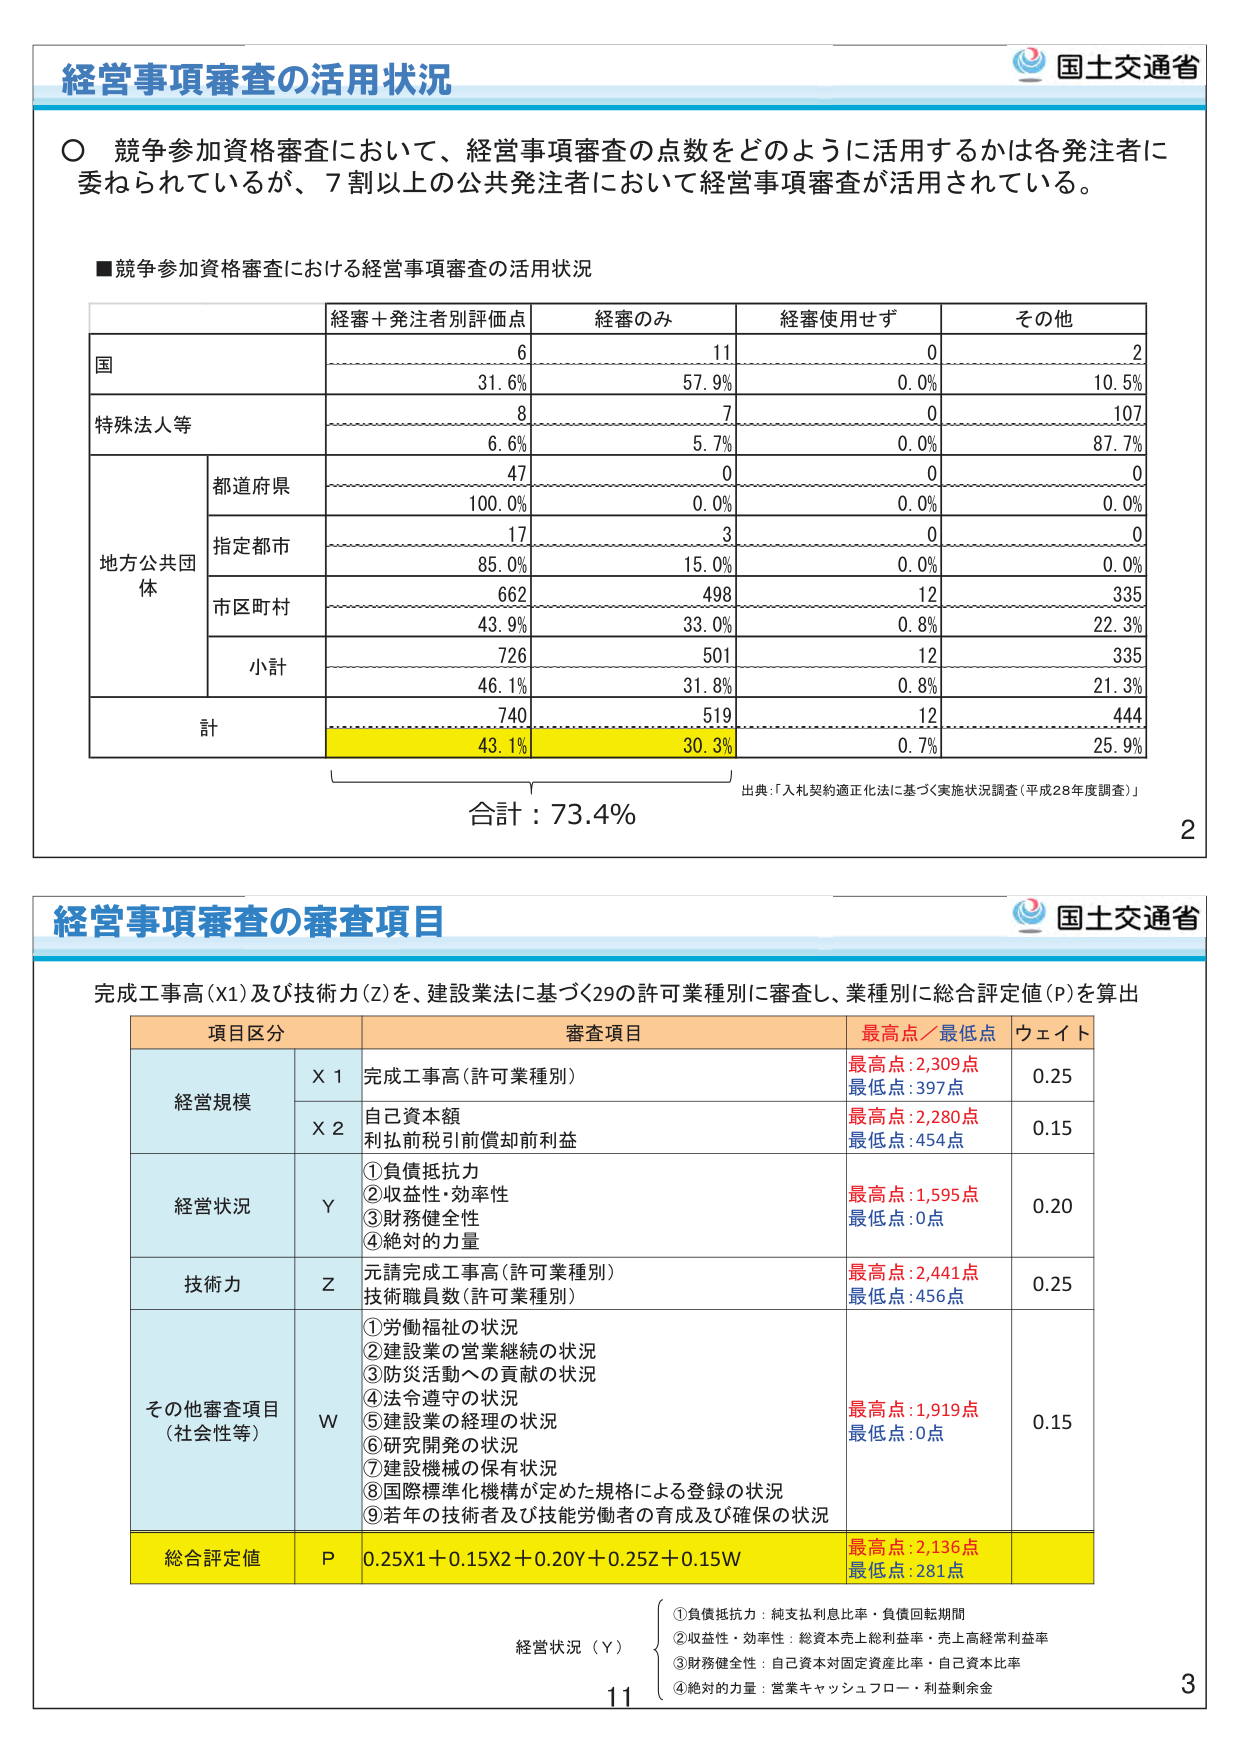
経営事項審査の活用状況

○ 競争参加資格審査において、経営事項審査の点数をどのように活用するかは各発注者に委ねられているが、7割以上の公共発注者において経営事項審査が活用されている。

■競争参加資格審査における経営事項審査の活用状況

| | 経審＋発注者別評価点 | 経審のみ | 経審使用せず | その他 |
|---|---|---|---|---|
| 国 | 6<br>31.6% | 11<br>57.9% | 0<br>0.0% | 2<br>10.5% |
| 特殊法人等 | 8<br>6.6% | 7<br>5.7% | 0<br>0.0% | 107<br>87.7% |
| 地方公共団体 | 都道府県 | 47<br>100.0% | 0<br>0.0% | 0<br>0.0% | 0<br>0.0% |
| | 指定都市 | 17<br>85.0% | 3<br>15.0% | 0<br>0.0% | 0<br>0.0% |
| | 市区町村 | 662<br>43.9% | 498<br>33.0% | 12<br>0.8% | 335<br>22.3% |
| | 小計 | 726<br>46.1% | 501<br>31.8% | 12<br>0.8% | 335<br>21.3% |
| 計 | 740<br>43.1% | 519<br>30.3% | 12<br>0.7% | 444<br>25.9% |

合計：73.4%

出典：「入札契約適正化法に基づく実施状況調査（平成28年度調査）」

2

経営事項審査の審査項目

完成工事高（X1）及び技術力（Z）を、建設業法に基づく29の許可業種別に審査し、業種別に総合評定値（P）を算出

| 項目区分 | 審査項目 | 最高点／最低点 | ウェイト |
|---|---|---|---|
| 経営規模 | X 1 | 完成工事高（許可業種別） | 最高点：2,309点<br>最低点：397点 | 0.25 |
| | X 2 | 自己資本額<br>利払前税引前償却前利益 | 最高点：2,280点<br>最低点：454点 | 0.15 |
| 経営状況 | Y | ①負債抵抗力<br>②収益性・効率性<br>③財務健全性<br>④絶対的力量 | 最高点：1,595点<br>最低点：0点 | 0.20 |
| 技術力 | Z | 元請完成工事高（許可業種別）<br>技術職員数（許可業種別） | 最高点：2,441点<br>最低点：456点 | 0.25 |
| その他審査項目（社会性等） | W | ①労働福祉の状況<br>②建設業の営業継続の状況<br>③防災活動への貢献の状況<br>④法令遵守の状況<br>⑤建設業の経理の状況<br>⑥研究開発の状況<br>⑦建設機械の保有状況<br>⑧国際標準化機構が定めた規格による登録の状況<br>⑨若年の技術者及び技能労働者の育成及び確保の状況 | 最高点：1,919点<br>最低点：0点 | 0.15 |
| 総合評定値 | P | 0.25X1＋0.15X2＋0.20Y＋0.25Z＋0.15W | 最高点：2,136点<br>最低点：281点 | |

経営状況（Y）
①負債抵抗力：純支払利息比率・負債回転期間
②収益性・効率性：総資本売上総利益率・売上高経常利益率
③財務健全性：自己資本対固定資産比率・自己資本比率
④絶対的力量：営業キャッシュフロー・利益剰余金

11

3

国土交通省
国土交通省